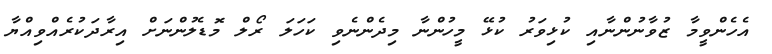
އެހެންވީމާ ޒުވާނުންނާއި ކުޅިވަރު ކުޅޭ މީހުންނާ މިދެންނެވި ކަހަލަ ރޯލް މޮޑެލުންނަށް އިރާދަކުރެއްވިއްޔާ